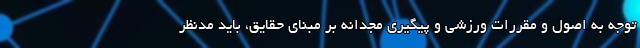
توجه به اصول و مقررات ورزشی و پیگیری مجدانه بر مبنای حقایق، باید مدنظر